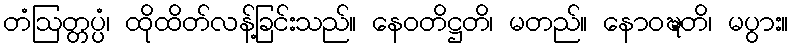
တံဩတ္တပ္ပံ၊ ထိုထိတ်လန့်ခြင်းသည်။ နေဝတိဋ္ဌတိ၊ မတည်။ နောဝဍ္ဎတိ၊ မပွား။